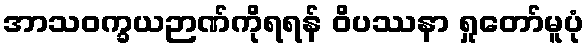
အာသဝက္ခယဉာဏ်ကိုရရန် ဝိပဿနာ ရှုတော်မူပုံ